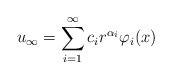
LaTeX: \begin{align*}u_{\infty}= \sum_{i= 1}^{\infty} c_i r^{\alpha_i} \varphi_i(x) \end{align*}